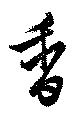
香